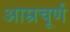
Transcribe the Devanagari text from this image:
आम्रचूर्ण